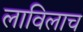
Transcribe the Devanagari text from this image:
लाविलाच